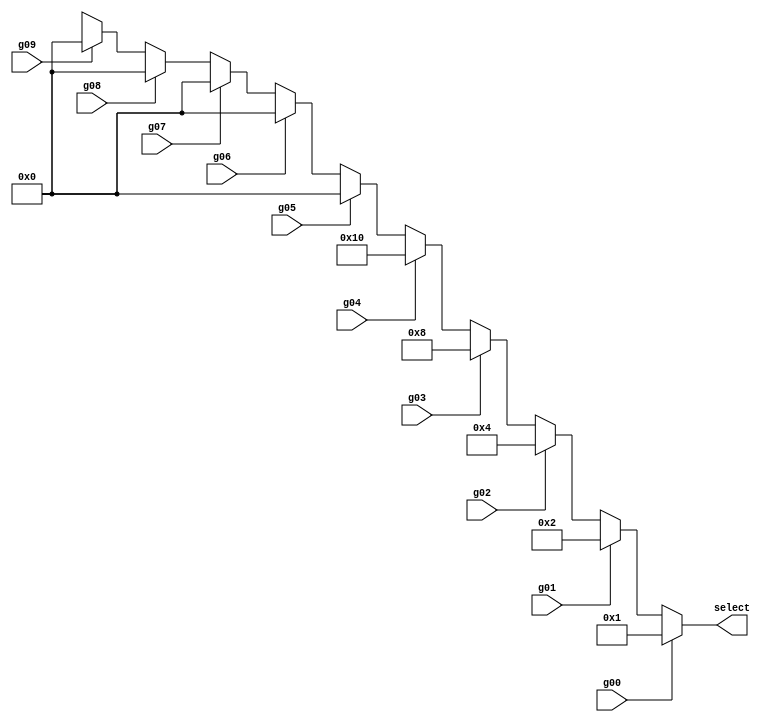
`timescale 1ns / 1ps
//////////////////////////////////////////////////////////////////////////////////
// Company: 
// Engineer: 
// 
// Design Name: 
// Module Name:    selector 
// Project Name: 
// Target Devices: 
// Tool versions: 
// Description: 
//
// Dependencies: 
//
// Revision: 
// Revision 0.01 - File Created
// Additional Comments: 
//
//////////////////////////////////////////////////////////////////////////////////
module selector( g00, g01, g02, g03, g04,g05, g06, g07, g08, g09, 
                // g10, g11, g12, g13, g14, 
					 // g20, g21, g22, g23, g24, 
					 // g30, g31, g32, g33, g34, 
					//  g40, g41, g42, g43, g44,
                  select				  
    );
input g00, g01, g02, g03, g04,g05, g06, g07, g08, g09;
//input clk, rst;
//input g10, g11, g12, g13, g14; 
//input g20, g21, g22, g23, g24; 
//input g30, g31, g32, g33, g34;
//input g40, g41, g42, g43, g44;
output reg[4:0] select;
always @ (g00 or g01 or g02 or g03 or g04 or g05 or g06 or g07 or g08 or g09)
begin
if(g00==1)
begin
select = 10'b0000000001;
end
else if(g01==1)
begin
select = 10'b0000000010;
end
else if(g02==1)
begin
select = 10'b0000000100;
end
else if(g03==1)
begin
select = 10'b0000001000;
end
else if(g04==1)
begin
select = 10'b0000010000;
end
else if(g05==1)
begin
select = 10'b0000100000;
end
else if(g06==1)
begin
select = 10'b0001000000;
end
else if(g07==1)
begin
select = 10'b0010000000;
end
else if(g08==1)
begin
select = 10'b0100000000;
end
else if(g09==1)
begin
select = 10'b1000000000;
end
else
begin
select = 10'bxxxxxxxxxx;
end

end	 
endmodule